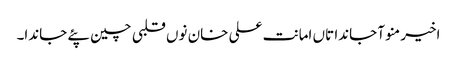
اخیر منو آ جاندا تاں امانت علی خان نوں قلبی چین پئے جاندا۔